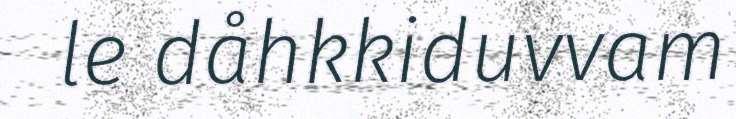
le dåhkkiduvvam